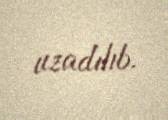
uzadılıb.